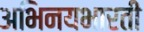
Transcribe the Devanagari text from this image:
अभिनयभारती